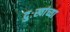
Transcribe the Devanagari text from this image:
दुःखांच्या